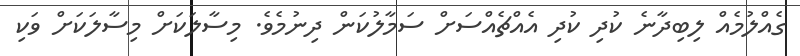
ގެއްލުމެއް ލިބިދާނެ ކުދި ކުދި އެއްޗެއްސަށް ސަމާލުކަން ދިނުމެވެ. މިސާލަކަށް މިސާލަކަށް ވަކި